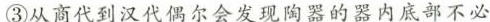
③从商代到汉代偶尔会发现陶器的器内底部不必